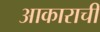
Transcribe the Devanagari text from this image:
आकाराचीं